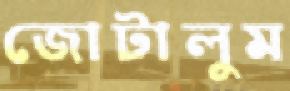
জোটালুম